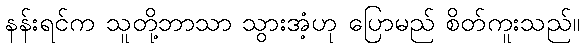
နန်းရင်က သူတို့ဘာသာ သွားအံ့ဟု ပြောမည် စိတ်ကူးသည်။